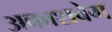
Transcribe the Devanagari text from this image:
अकाशवेग